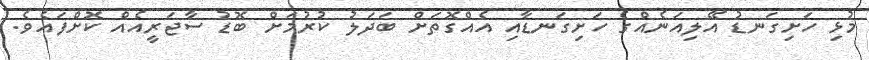
މުޅި ހަށިގަނޑު އޭލިއަނެއްގެ ހަށިގަނޑާއި އެއްގޮތަށް ބަދަލު ކުރުމަށް ބޮޑު ސާޖަރީއެއް ކޮށްފައެވެ.